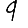
Digit: 9